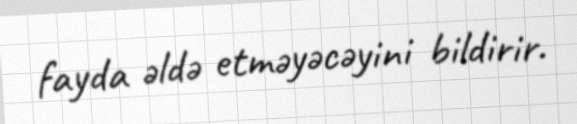
fayda əldə etməyəcəyini bildirir.